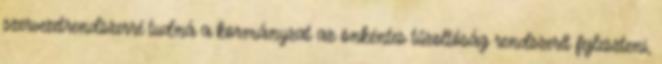
szervezetrendszerré tudná a kormányzat az önkéntes tűzoltóság rendszerét fejleszteni,